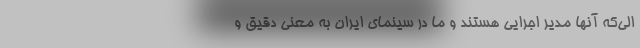
الی‌که آنها مدیر اجرایی هستند و ما در سینمای ایران به معنی دقیق و